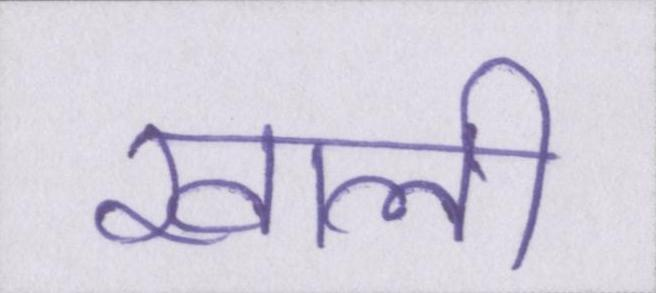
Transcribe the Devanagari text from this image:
खाली